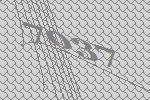
7037